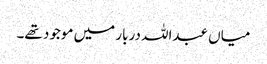
میاں عبداللہ دربار میں موجود تھے۔